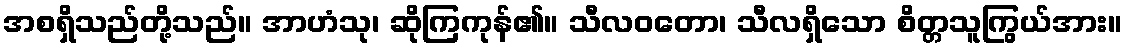
အစရှိသည်တို့သည်။ အာဟံသု၊ ဆိုကြကုန်၏။ သီလဝတော၊ သီလရှိသော စိတ္တသူကြွယ်အား။